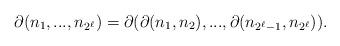
LaTeX: \begin{align*}\partial(n_1,...,n_{2^\ell})=\partial(\partial(n_1,n_2),...,\partial(n_{2^\ell-1},n_{2^\ell})).\end{align*}